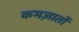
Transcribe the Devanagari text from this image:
कमज़ातों